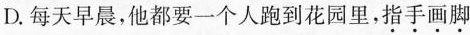
D.每天早晨，他都要一个人跑到花园里，\underset{·}{指}\underset{·}{手}\underset{·}{画}\underset{·}{脚}